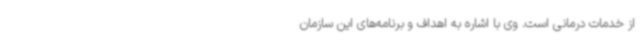
از خدمات درمانی است. وی با اشاره به اهداف و برنامه‌های این سازمان